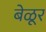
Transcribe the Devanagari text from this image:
बेळूर